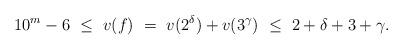
LaTeX: \begin{align*}10^m-6\ \le \ v(f) \ = \ v(2^\delta)+ v(3^\gamma) \ \le \ 2+\delta+3+\gamma.\end{align*}